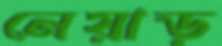
নেয়াড়